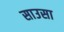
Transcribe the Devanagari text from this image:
साउसा